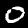
Label: 0